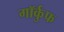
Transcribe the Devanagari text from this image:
गॉर्कुफ